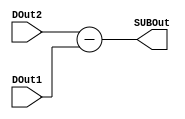
module subout(input [7:0] DOut1,
	      input[7:0]  DOut2,
	      output reg [7:0]  SUBOut);

always @(DOut1,DOut2)
 begin
  SUBOut = DOut2-DOut1;
 end
endmodule